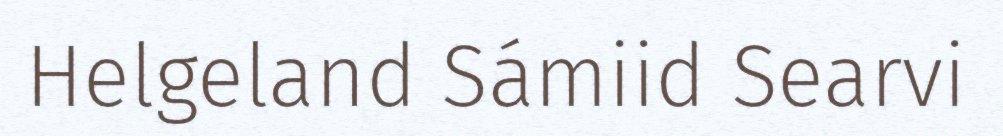
Helgeland Sámiid Searvi